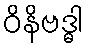
ဝိနိဗဒ္ဓါ